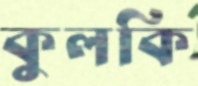
কুলকি